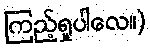
ကြည့်ရှုပါလေ။)